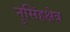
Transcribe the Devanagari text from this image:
नृसिंहक्षेत्र